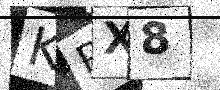
Text: KRX8